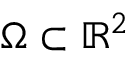
\Omega \subset \mathbb R ^ { 2 }